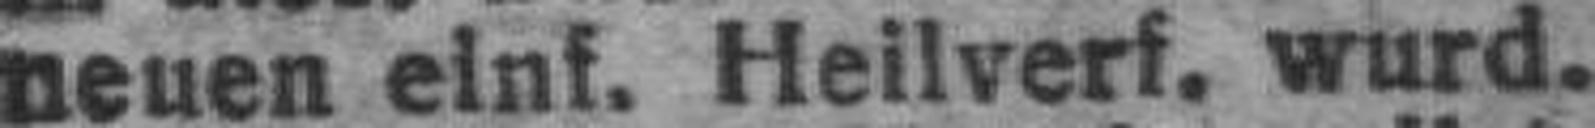
neuen einf. Heilverf. wurd.